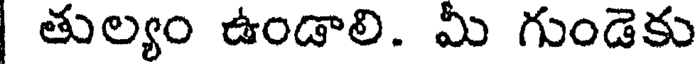
తుల్యం ఉండాలి. మీ గుండెకు